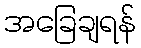
အခြေချရန်